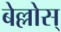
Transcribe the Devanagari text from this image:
बेल्लोस्